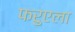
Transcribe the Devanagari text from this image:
फरुएला